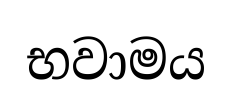
භවාමය